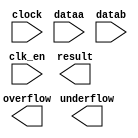
// megafunction wizard: %ALTFP_MULT%VBB%
// GENERATION: STANDARD
// VERSION: WM1.0
// MODULE: ALTFP_MULT 

// ============================================================
// Megafunction Name(s):
// 			ALTFP_MULT
//
// Simulation Library Files(s):
// 			lpm
// ============================================================
// ************************************************************
// THIS IS A WIZARD-GENERATED FILE. DO NOT EDIT THIS FILE!
//
// 13.0.0 Build 156 04/24/2013 SJ Web Edition
// ************************************************************

//Copyright (C) 1991-2013 Altera Corporation
//Your use of Altera Corporation's design tools, logic functions 
//and other software and tools, and its AMPP partner logic 
//functions, and any output files from any of the foregoing 
//(including device programming or simulation files), and any 
//associated documentation or information are expressly subject 
//to the terms and conditions of the Altera Program License 
//Subscription Agreement, Altera MegaCore Function License 
//Agreement, or other applicable license agreement, including, 
//without limitation, that your use is for the sole purpose of 
//programming logic devices manufactured by Altera and sold by 
//Altera or its authorized distributors.  Please refer to the 
//applicable agreement for further details.

module fpmul (
	clk_en,
	clock,
	dataa,
	datab,
	overflow,
	result,
	underflow)/* synthesis synthesis_clearbox = 1 */;

	input	  clk_en;
	input	  clock;
	input	[31:0]  dataa;
	input	[31:0]  datab;
	output	  overflow;
	output	[31:0]  result;
	output	  underflow;

endmodule

// ============================================================
// CNX file retrieval info
// ============================================================
// Retrieval info: LIBRARY: altera_mf altera_mf.altera_mf_components.all
// Retrieval info: PRIVATE: FPM_FORMAT STRING "Single"
// Retrieval info: PRIVATE: INTENDED_DEVICE_FAMILY STRING "Cyclone IV E"
// Retrieval info: CONSTANT: DEDICATED_MULTIPLIER_CIRCUITRY STRING "YES"
// Retrieval info: CONSTANT: DENORMAL_SUPPORT STRING "NO"
// Retrieval info: CONSTANT: EXCEPTION_HANDLING STRING "NO"
// Retrieval info: CONSTANT: INTENDED_DEVICE_FAMILY STRING "UNUSED"
// Retrieval info: CONSTANT: LPM_HINT STRING "UNUSED"
// Retrieval info: CONSTANT: LPM_TYPE STRING "altfp_mult"
// Retrieval info: CONSTANT: PIPELINE NUMERIC "11"
// Retrieval info: CONSTANT: REDUCED_FUNCTIONALITY STRING "NO"
// Retrieval info: CONSTANT: ROUNDING STRING "TO_NEAREST"
// Retrieval info: CONSTANT: WIDTH_EXP NUMERIC "8"
// Retrieval info: CONSTANT: WIDTH_MAN NUMERIC "23"
// Retrieval info: USED_PORT: clk_en 0 0 0 0 INPUT NODEFVAL "clk_en"
// Retrieval info: CONNECT: @clk_en 0 0 0 0 clk_en 0 0 0 0
// Retrieval info: USED_PORT: clock 0 0 0 0 INPUT NODEFVAL "clock"
// Retrieval info: CONNECT: @clock 0 0 0 0 clock 0 0 0 0
// Retrieval info: USED_PORT: dataa 0 0 32 0 INPUT NODEFVAL "dataa[31..0]"
// Retrieval info: CONNECT: @dataa 0 0 32 0 dataa 0 0 32 0
// Retrieval info: USED_PORT: datab 0 0 32 0 INPUT NODEFVAL "datab[31..0]"
// Retrieval info: CONNECT: @datab 0 0 32 0 datab 0 0 32 0
// Retrieval info: USED_PORT: overflow 0 0 0 0 OUTPUT NODEFVAL "overflow"
// Retrieval info: CONNECT: overflow 0 0 0 0 @overflow 0 0 0 0
// Retrieval info: USED_PORT: result 0 0 32 0 OUTPUT NODEFVAL "result[31..0]"
// Retrieval info: CONNECT: result 0 0 32 0 @result 0 0 32 0
// Retrieval info: USED_PORT: underflow 0 0 0 0 OUTPUT NODEFVAL "underflow"
// Retrieval info: CONNECT: underflow 0 0 0 0 @underflow 0 0 0 0
// Retrieval info: GEN_FILE: TYPE_NORMAL fpmul.v TRUE FALSE
// Retrieval info: GEN_FILE: TYPE_NORMAL fpmul.qip TRUE FALSE
// Retrieval info: GEN_FILE: TYPE_NORMAL fpmul.bsf TRUE TRUE
// Retrieval info: GEN_FILE: TYPE_NORMAL fpmul_inst.v TRUE TRUE
// Retrieval info: GEN_FILE: TYPE_NORMAL fpmul_bb.v TRUE TRUE
// Retrieval info: GEN_FILE: TYPE_NORMAL fpmul.inc TRUE TRUE
// Retrieval info: GEN_FILE: TYPE_NORMAL fpmul.cmp TRUE TRUE
// Retrieval info: LIB_FILE: lpm